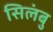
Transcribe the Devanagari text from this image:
सिलंबु